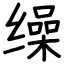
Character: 缲